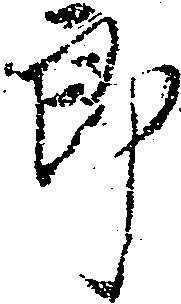
郎